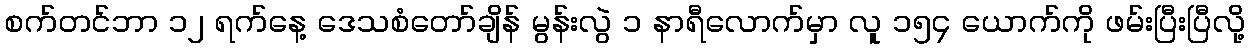
စက်တင်ဘာ ၁၂ ရက်နေ့ ဒေသစံတော်ချိန် မွန်းလွဲ ၁ နာရီလောက်မှာ လူ ၁၅၄ ယောက်ကို ဖမ်းပြီးပြီလို့